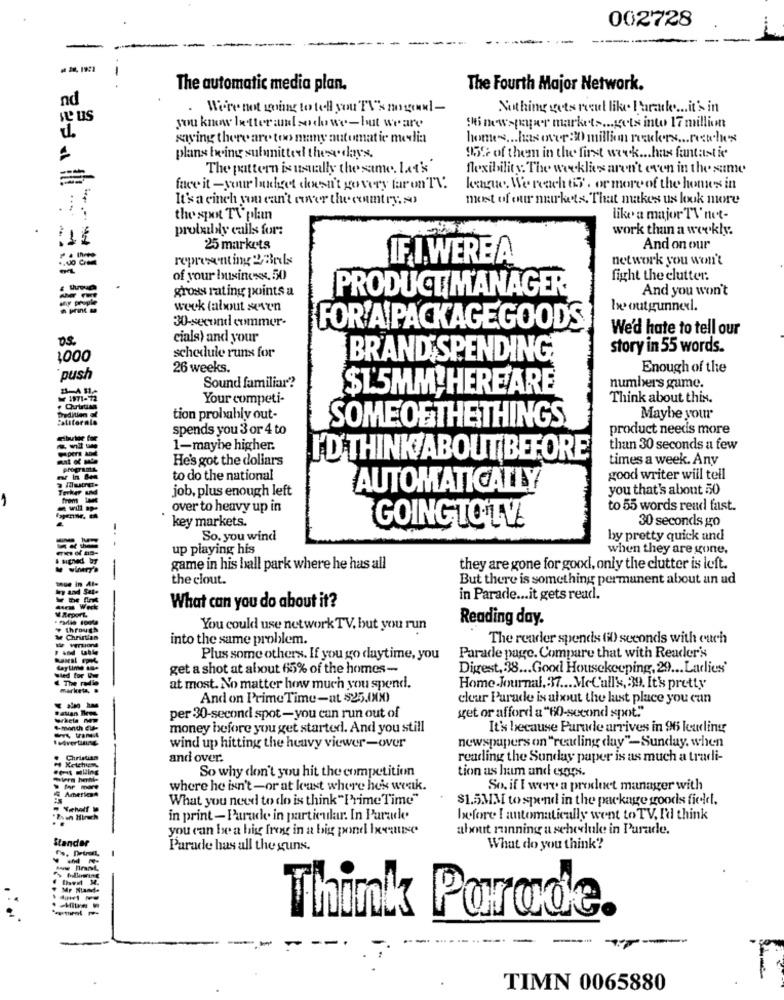
002728
--
-
-
The automatic media plan.
The Fourth Major Network.
nd
Nothing gots recul like Paraile.it's in
Sinewspqwer markets ... gets into 17 million
d.
you know letter alsodo we-but weare
saying there are too many automat ie media
homes ... has over :30 million readers ... recteles
plans being sufunittel these days.
955 of them in the first work ... has fantastic
The pattern is usually the same, let's
flexibility. The weeklies aren't even in the same
face it -your budget doesn't govery far on TV.
kenque. We reach tis . or more of the homes in
It's a cinch you can't over the country, so
most of entr markets. That makes us look more
the spot TV plan
like a major TV'net-
probably calls for:
work than a weekly.
-
-. -
25 markets
And on our
IF I WERE A
network you won't
of your business, 50
fight the clutter.
gross rating points a
PRODUCT MANAGER
And you won't
week (about seven
be outgunnexl.
30-second commer-
FOR'A PACKAGEGOODS
We'd hate to tell our
cials) and your
story in 55 words.
1000
schedule runs for
BRAND SPENDING
26 weeks.
Enough of the
push
Sound familiar?
$1.5MM HEREARE
numbers game.
1971-12
Your competi-
Think about this.
California
tion probably out-
Maybe your
spends you 3 or 4 to
SOMEOF THETHINGS
product needs more
1-maybe higher.
than 30 seconds a few
He's got the dollars
I'D THINK ABOUT BEFORE
times a week. Any
to do the national
good writer will tell
job, plus enough left
AUTOMATICALLY
you that's about 50
over to heavy up in
to 55 words read fast.
key markets.
30 seconds go
GOINGTO TV.
So. you wind
by pretty quick and
up playing his
when they are gone.
game in his ball park where he has all
they are gone for good, only the clutter is left.
the clout.
But there is something permanent about an ud
in Parade ... it gets read.
WE Work
What can you do about it?
Reading day.
through
You could use network TV, but you run
Christian
into the same problem.
The reader spends 60) seconds with euch
Plus some others. If you go daytime, you
Parade page. Compare that with Reader's
daytime as
get a shot at about 65% of the homes-
Digest, 38 ... Good Housekeeping, 29 ... Ladies'
Sted for
. The Me
at most. No matter how much you spend.
Home Journal, 37 ... MeCall's, 339. It's pretty
And on Prime Time-at $25.000)
clear Parade is about the lust place you can
get or afford a "60-second spot"
whet
per 30-second spot-you can run out of
4-month Cut-
money before you get started. And you still
It's because Purade arrives in 96 leading
newspapers on "reading duy"-Sunday, when
wind up hitting the heavy viewer-over
and over.
reading the Sunday paper is as much a tradi-
So why don't you hit the competition
tion as ham and egys.
& American
where he isn't -or at least where he's weak.
So. if I were a product manager with
What you need to do is think "Prime Time"
$1.5MM to spend in the package goods field.
in print - Parade in particular. In Parade
before I automatically went to TV, I'd think
you can be a big free in a big pond Ixcause
about running a schedule in Purade.
Stander
Parade has all the guns
What do you think?
Think Parade.
TIMN 0065880